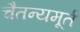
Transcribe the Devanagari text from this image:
चैतन्यमूर्त